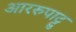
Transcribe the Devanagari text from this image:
आररुपाट्टु